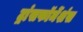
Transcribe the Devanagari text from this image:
ट्रांसफॉर्मेशंस